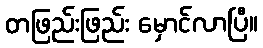
တဖြည်းဖြည်း မှောင်လာပြီ။